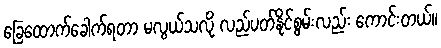
ခြေထောက်ခေါက်ရတာ မလွယ်သလို လည်ပတ်နိုင်စွမ်းလည်း ကောင်းတယ်။